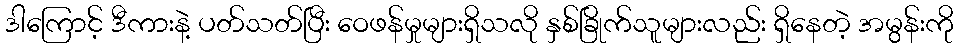
ဒါကြောင့် ဒီကားနဲ့ ပတ်သတ်ပြီး ဝေဖန်မှုများရှိသလို နှစ်ခြိုက်သူများလည်း ရှိနေတဲ့ အမွန်းကို